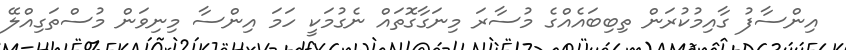
އިންސާފު ގާއިމުކުރަން ތިބިބައެއްގެ މުސާރަ މިނަގާގޮތައް ނެގުމަކީ ހަމަ އިންސާ މިނިވަން މުސްތަގިއްލޭ